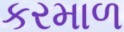
કરમાળ